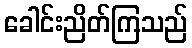
ခေါင်းညိတ်ကြသည်